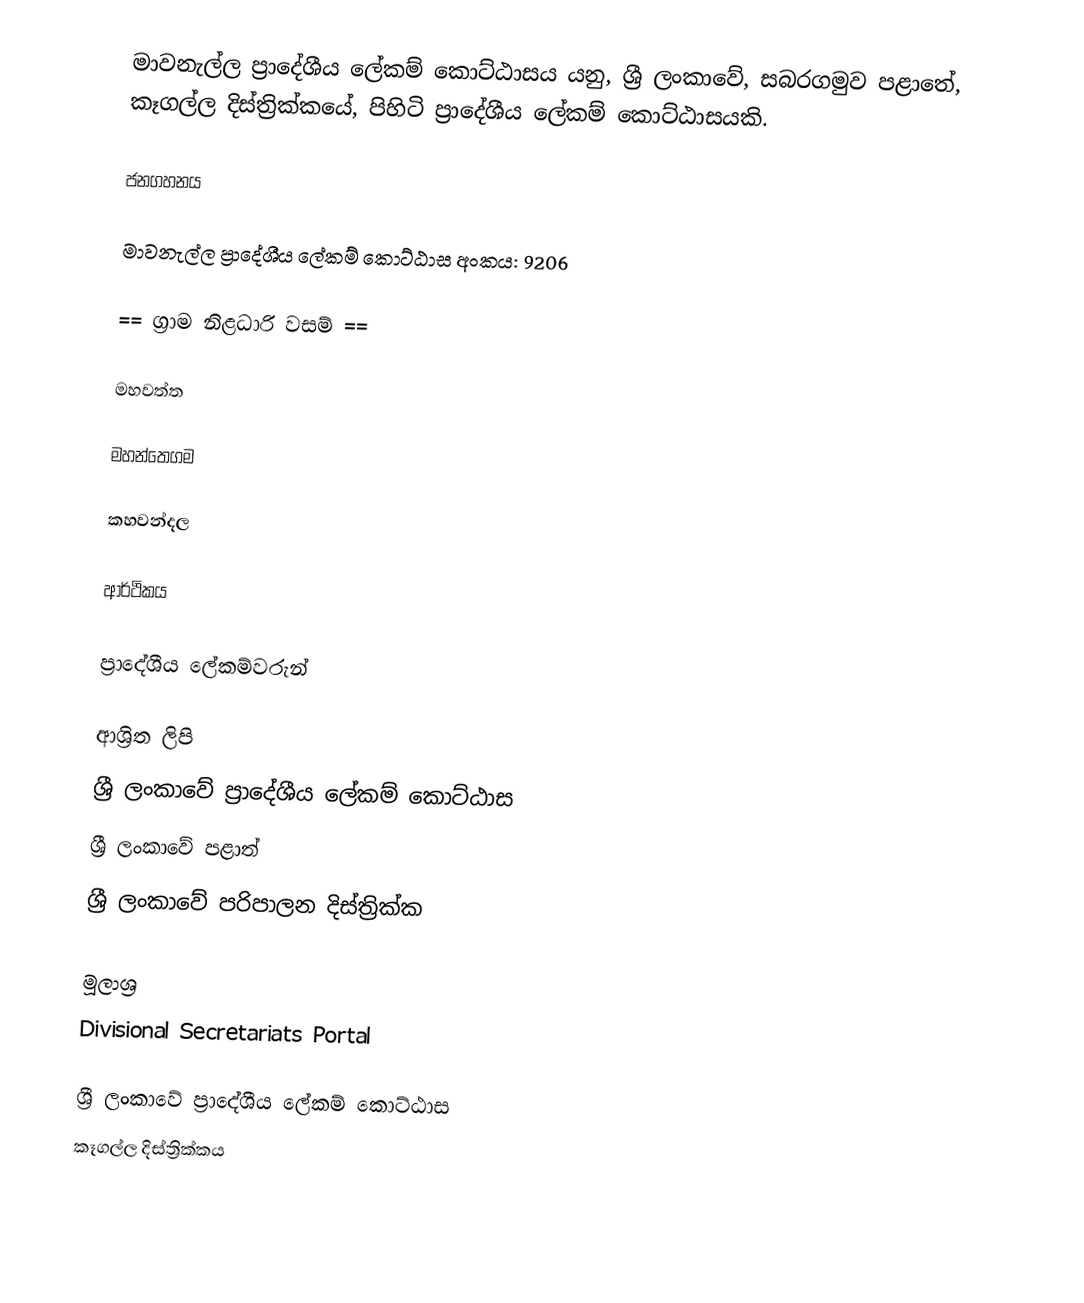
මාවනැල්ල ප්‍රාදේශීය ලේකම් කොට්ඨාසය යනු,  ශ්‍රී ලංකාවේ, සබරගමුව පළාතේ,   කෑගල්ල දිස්ත්‍රික්කයේ, පිහිටි ප්‍රාදේශීය ලේකම් කොට්ඨාසයකි.

ජනගහනය

මාවනැල්ල ප්‍රාදේශීය ලේකම් කොට්ඨාස අංකය: 9206

== ග්‍රාම නිළධාරි වසම් ==

මහවත්ත

මහන්තෙගම

කහවන්දල

ආර්ථිකය

ප්‍රාදේශීය ලේකම්වරුන්

ආශ්‍රිත ලිපි
ශ්‍රී ලංකාවේ ප්‍රාදේශීය ලේකම් කොට්ඨාස
ශ්‍රී ලංකාවේ පළාත්
ශ්‍රී ලංකාවේ පරිපාලන දිස්ත්‍රික්ක

මූලාශ්‍ර
 Divisional Secretariats Portal

ශ්‍රී ලංකාවේ ප්‍රාදේශීය ලේකම් කොට්ඨාස
කෑගල්ල දිස්ත්‍රික්කය